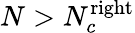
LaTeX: N>N_{c}^{\mathrm{right}}